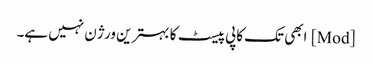
[Mod] ابھی تک کاپی پیسٹ کا بہترین ورژن نہیں ہے۔